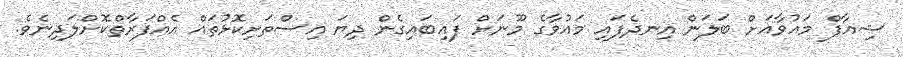
ޝިއާފް މައުވާއަށް ބަލަން އިނދެފައި މައުވާގެ މޫނަށް ފައިބައިގެން ދިޔަ އިސްތަށިކޮޅުތައް އެއްފަރާތްކޮށްލަދިނެވެ.